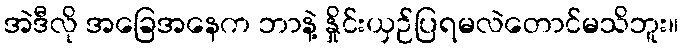
အဲဒီလို အခြေအနေက ဘာနဲ့ နှိုင်းယှဉ်ပြရမလဲတောင်မသိဘူး။